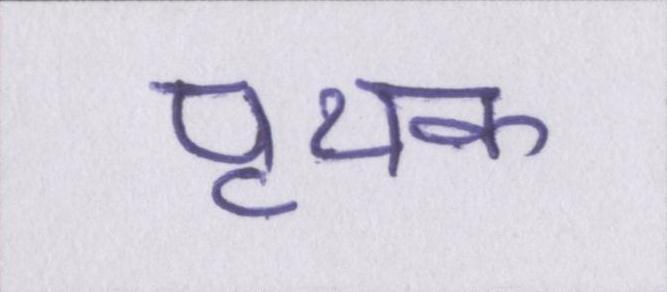
पृथक